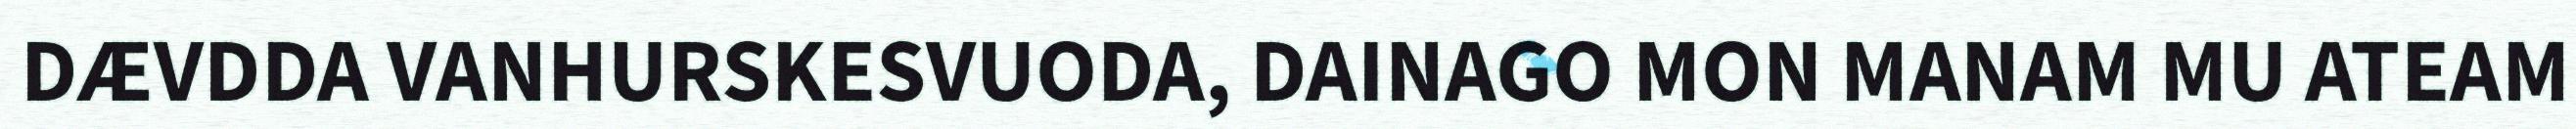
DÆVDDA VANHURSKESVUODA, DAINAGO MON MANAM MU ATEAM